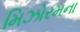
મિઝોરમના